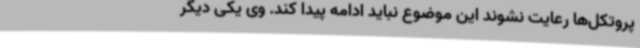
پروتکل‌ها رعایت نشوند این موضوع نباید ادامه پیدا کند. وی یکی دیگر